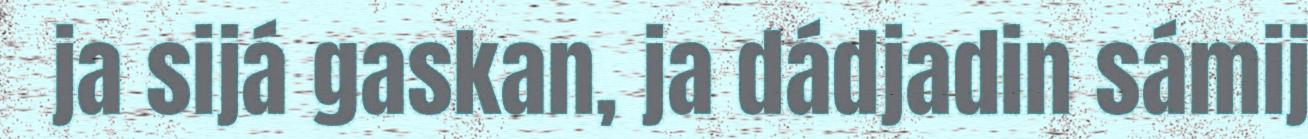
ja sijá gaskan, ja dádjadin sámij